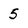
Character: 5